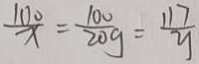
\frac { 1 0 0 } { x } = \frac { 1 0 0 } { 2 0 g } = \frac { 1 1 7 } { y }